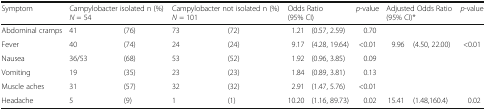
<table><thead><tr><td><b>Symptom</b></td><td colspan="2"><b>Campylobacter isolated n (%) <i>N</i> = 54</b></td><td colspan="2"><b>Campylobacter not isolated n (%) <i>N</i> = 101</b></td><td colspan="2"><b>Odds Ratio (95% CI)</b></td><td><b><i>p</i>-value</b></td><td colspan="2"><b>Adjusted Odds Ratio (95% CI)*</b></td><td><b><i>p</i>-value</b></td></tr></thead><tbody><tr><td>Abdominal cramps</td><td>41</td><td>(76)</td><td>73</td><td>(72)</td><td>1.21</td><td>(0.57, 2.59)</td><td>0.70</td><td></td><td></td><td></td></tr><tr><td>Fever</td><td>40</td><td>(74)</td><td>24</td><td>(24)</td><td>9.17</td><td>(4.28, 19.64)</td><td>&lt;0.01</td><td>9.96</td><td>(4.50, 22.00)</td><td>&lt;0.01</td></tr><tr><td>Nausea</td><td>36/53</td><td>(68)</td><td>53</td><td>(52)</td><td>1.92</td><td>(0.96, 3.85)</td><td>0.09</td><td></td><td></td><td></td></tr><tr><td>Vomiting</td><td>19</td><td>(35)</td><td>23</td><td>(23)</td><td>1.84</td><td>(0.89, 3.81)</td><td>0.13</td><td></td><td></td><td></td></tr><tr><td>Muscle aches</td><td>31</td><td>(57)</td><td>32</td><td>(32)</td><td>2.91</td><td>(1.47, 5.76)</td><td>&lt;0.01</td><td></td><td></td><td></td></tr><tr><td>Headache</td><td>5</td><td>(9)</td><td>1</td><td>(1)</td><td>10.20</td><td>(1.16, 89.73)</td><td>0.02</td><td>15.41</td><td>(1.48,160.4)</td><td>0.02</td></tr></tbody></table>